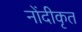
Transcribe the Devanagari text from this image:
नोंदीकृत